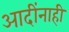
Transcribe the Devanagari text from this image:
आदींनाही